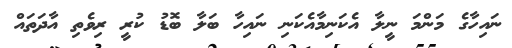
ނައިހާގެ މަންމަ ނީލާ އެކަނިމާއެކަނި ނައިހާ ބަލާ ބޮޑު ކުރީ ރިވެތި އާދަތައް